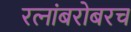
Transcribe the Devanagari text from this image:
रत्‍नांबरोबरच